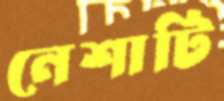
নেশাটি